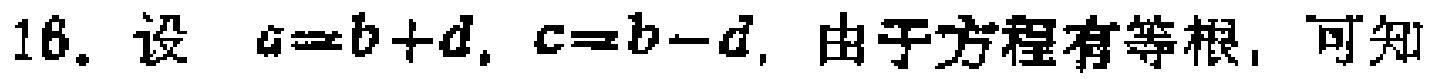
16. 设 \(a = b + d\), \(c = b - d\), 由于方程有等根，可知